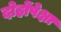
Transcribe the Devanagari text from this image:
दोहोंपेक्षा